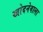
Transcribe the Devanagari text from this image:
खोदनेवाला